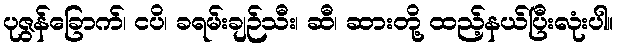
ပုဇွန်ခြောက်၊ ငပိ၊ ခရမ်းချဉ်သီး၊ ဆီ၊ ဆားတို့ ထည့်နယ်ပြီးလုံးပါ။